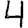
Digit: 4